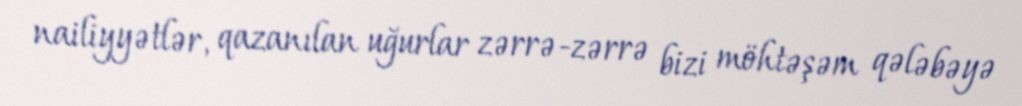
nailiyyətlər, qazanılan uğurlar zərrə-zərrə bizi möhtəşəm qələbəyə